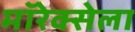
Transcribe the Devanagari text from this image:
मॉरेक्सेला